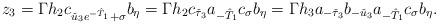
\begin{align*} z_3=\Gamma h_2 c_{\check u_3 e^{-\hat T_1}+\sigma}b_{\eta} =\Gamma h_2 c_{\check \tau_3} a_{-\hat T_1} c_\sigma b_\eta =\Gamma h_3a_{-\check \tau_3}b_{-\check u_3}a_{-\hat T_1}c_\sigma b_\eta. \end{align*}